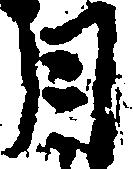
月